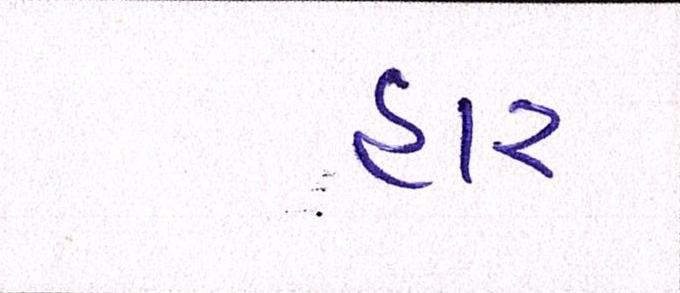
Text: હાર